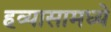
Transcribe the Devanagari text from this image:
हव्यासामध्ये